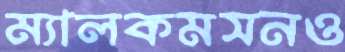
ম্যালকমসনও